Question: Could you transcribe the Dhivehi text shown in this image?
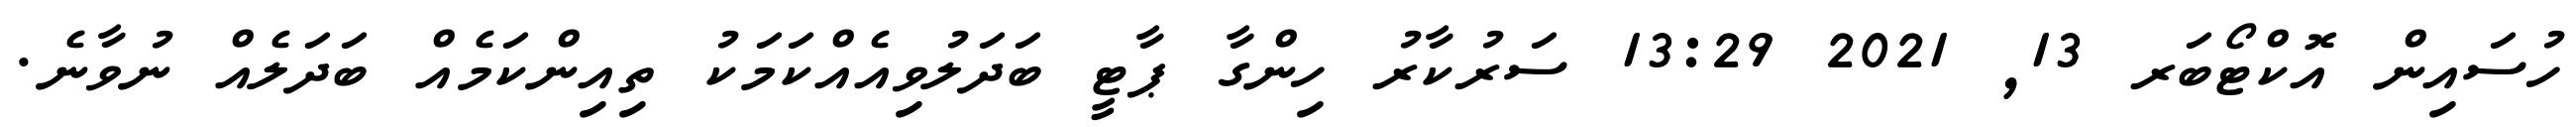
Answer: ހުސައިން އޮކްޓޯބަރ 13, 2021 13:29 ސަރުކާރު ހިންގާ ޕާޓީ ބަދަލުވިއެއްކަމަކު ތިއިންކަމެއް ބަދަލެއް ނުވާނެ.